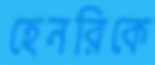
হেনরিকে